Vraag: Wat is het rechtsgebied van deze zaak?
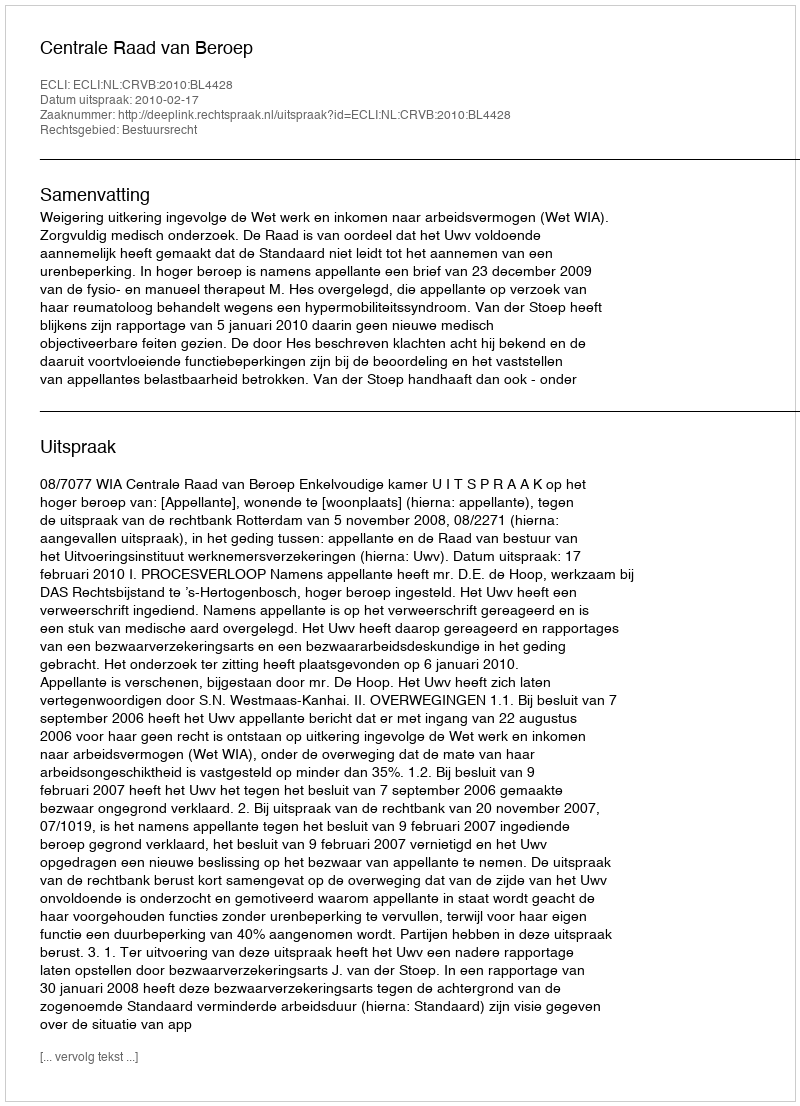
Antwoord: Bestuursrecht